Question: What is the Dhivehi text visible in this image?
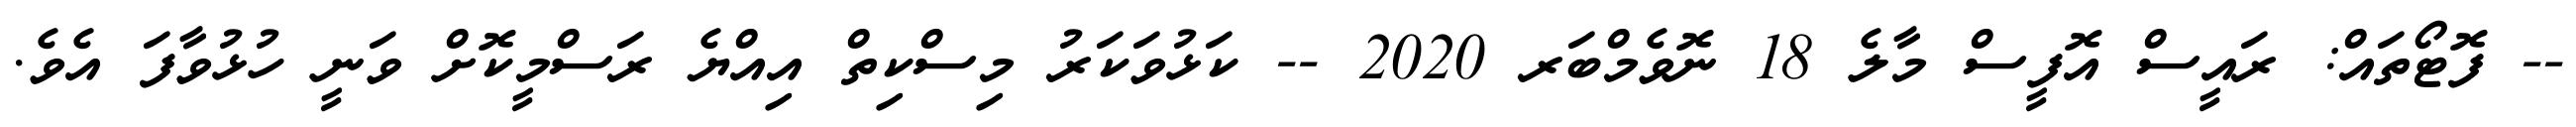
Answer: -- ފޮޓޯތައް: ރައީސް އޮފީސް މާލެ 18 ނޮވެމްބަރ 2020 -- ކަޅުވަކަރު މިސްކިތް އިއްޔެ ރަސްމީކޮށް ވަނީ ހުޅުވާފަ އެވެ.